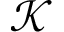
\mathcal { K }